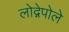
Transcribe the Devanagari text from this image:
लोद्गेपोले